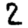
Digit: 2